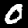
Digit: 0